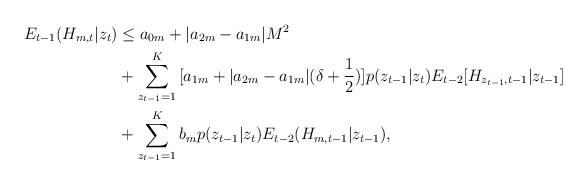
LaTeX: \begin{align*}E_{t-1}(H_{m,t}|z_t)&\leq a_{0m}+|a_{2m}-a_{1m}|M^2\\&+\sum_{z_{t-1}=1}^{K}{{[a_{1m}+|a_{2m}-a_{1m}|(\delta+\frac{1}{2})]p(z_{t-1}|z_t)}E_{t-2}[H_{z_{t-1},t-1}|z_{t-1}]}\\&+\sum_{z_{t-1}=1}^{K}{b_mp(z_{t-1}|z_t)E_{t-2}(H_{m,t-1}|z_{t-1})},\end{align*}